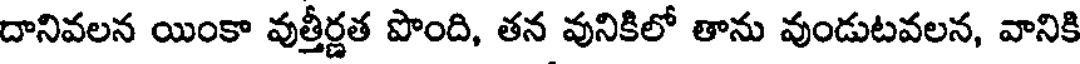
దానివలన యింకా వుత్తీర్ణత పొంది, తన వునికిలో తాను వుండుటవలన, వానికి